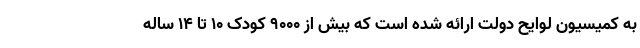
به کمیسیون لوایح دولت ارائه شده است که بیش از ۹۰۰۰ کودک ۱۰ تا ۱۴ ساله